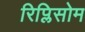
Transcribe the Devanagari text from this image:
रिप्लिसोम